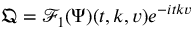
\mathfrak { Q } = \mathcal { F } _ { 1 } ( \Psi ) ( t , k , v ) e ^ { - i t k v }